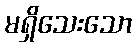
မရှိသေးသော